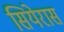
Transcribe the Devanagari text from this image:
सियेरास